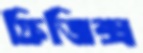
ফিজিক্স